Annual report of the Central Committee of the Association together with the report of the directors of the Pasteur Institute at Kasauli
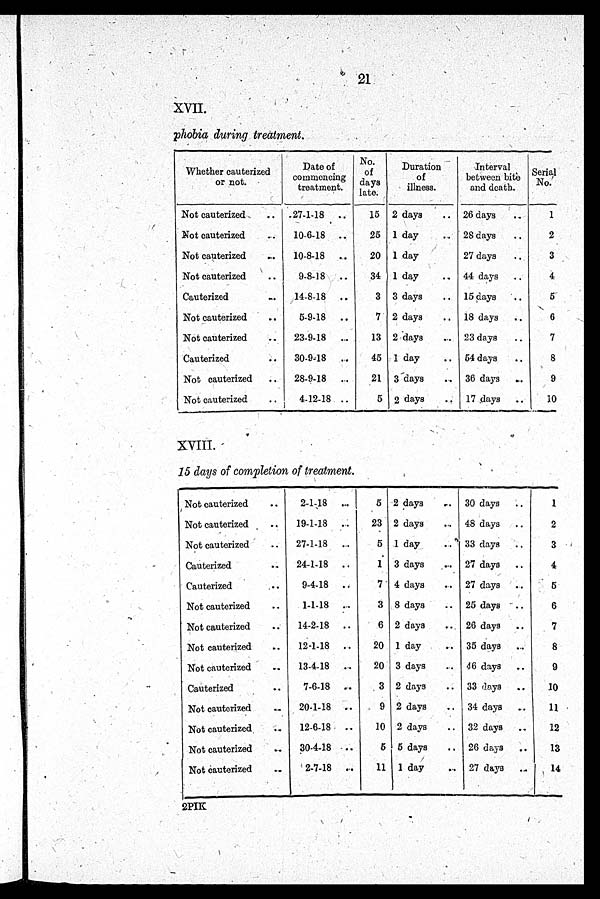
21
XVII.
phobia during treatment.
Whether cauterized
or not.
Date of
c o mme n c i n g t r e a t me n t .
No.
of
days
late
Duration
of
illness.
Interval
between bite
and death.
Serial
No.
Not cauterized.
27-1-18
15 2 days
26 days
1
Not cauterized
10-6-18
25 1 day
28 days
2
Not cauterized
10-8-18
20 1 day
27 days
3
Not cauterized
9-8-18
34 1 day
44 days
4
Cauterized
14-8-18
3 3 days
15 days
5
Not cauterized
5-9-18
7 2 days
18 days
6
Not cauterized
23-9-18
13 2 days
23 days
7
Cauterized
30-9-18
45 1 day
54 days
8
Not cauterized
28-9-18
21 3 days
36 days
9
Not cauterized
4-12-18
5 2 days
17 days
10
XVIII
15 days of completion of treatment .
Not cauterized
2-1 -18
5 2 days
30 days
1
Not cauterized
19-1-18
23 2 days
48 days
2
Not cauterized
27-1-18
5
1 d a y 33 days
3
Cauterized
24-1-18
1 3 days
27 days
4
Cauterized
9-4-18
7 4 days
27 days
5
Not cauterized
1-1-18
3 8 days
25 days
6
Not cauterized
14-2-18
6 2 days
26 days
7
Not cauterized
12-1-18
20 1 day
35 days
8
Not cauterized
13-4-18
20 3 days
46 days
9
Cauterized
7-6-18
3 2 days
33 flays
10
Not cauterized
20-1-18
9 2 days
34 days
11
Not cauterized
12-6-18
10 2 days
32 days
12
Not cauterized
30-4-18
5 5 days
26 clays
13
Not Cauterized
2-7-18
11 1 day
27 days
14
2PIK